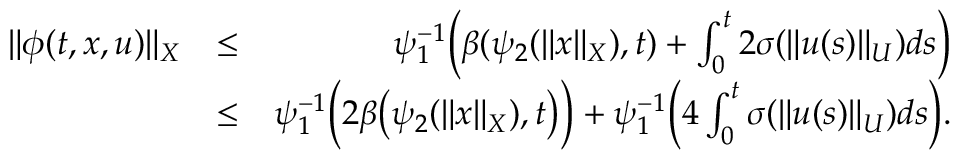
\begin{array} { r l r } { \| \phi ( t , x , u ) \| _ { X } } & { \leq } & { \psi _ { 1 } ^ { - 1 } \Big ( \beta ( \psi _ { 2 } ( \| x \| _ { X } ) , t ) + \int _ { 0 } ^ { t } 2 \sigma ( \| u ( s ) \| _ { U } ) d s \Big ) } \\ & { \leq } & { \psi _ { 1 } ^ { - 1 } \Big ( 2 \beta \big ( \psi _ { 2 } ( \| x \| _ { X } ) , t \big ) \Big ) + \psi _ { 1 } ^ { - 1 } \Big ( 4 \int _ { 0 } ^ { t } \sigma ( \| u ( s ) \| _ { U } ) d s \Big ) . } \end{array}